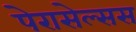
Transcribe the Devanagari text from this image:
पेरासेल्सस